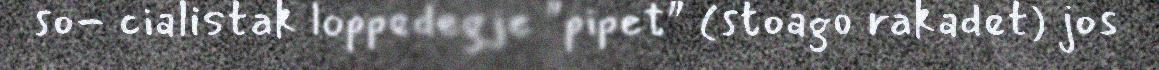
so- cialistak loppedegje "pipet" (stoago rakadet) jos